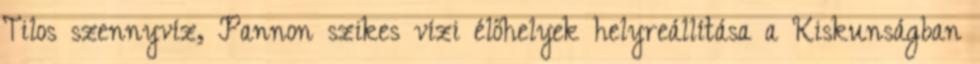
Tilos szennyvíz, Pannon szikes vízi élőhelyek helyreállítása a Kiskunságban